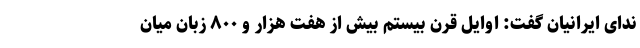
ندای ایرانیان گفت: اوایل قرن بیستم بیش از هفت هزار و ۸۰۰ زبان میان